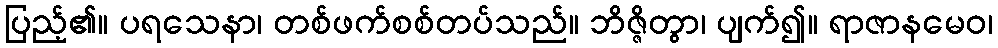
ပြည့်၏။ ပရသေနာ၊ တစ်ဖက်စစ်တပ်သည်။ ဘိဇ္ဇိတွာ၊ ပျက်၍။ ရာဇာနမေဝ၊